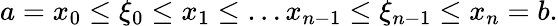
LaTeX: a=x_{0}\leq\xi_{0}\leq x_{1}\leq\ldots x_{n-1}\leq\xi_{n-1}\leq x_{n}=b.